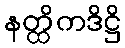
နတ္ထိကဒိဋ္ဌိ